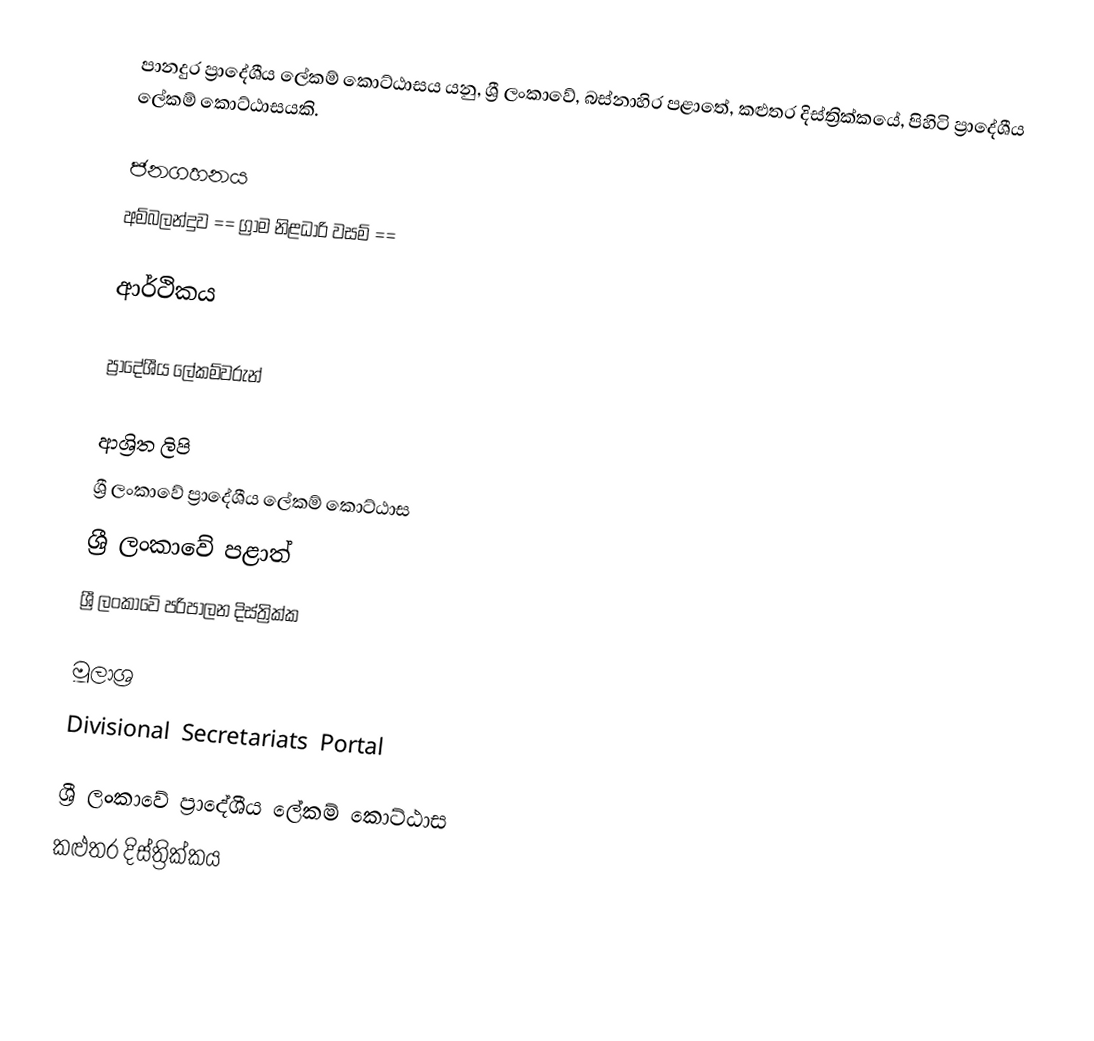
පානදුර ප්‍රාදේශීය ලේකම් කොට්ඨාසය යනු,  ශ්‍රී ලංකාවේ, බස්නාහිර පළාතේ,   කළුතර දිස්ත්‍රික්කයේ, පිහිටි ප්‍රාදේශීය ලේකම් කොට්ඨාසයකි.

ජනගහනය
අම්බලන්දුව == ග්‍රාම නිළධාරි වසම් ==

ආර්ථිකය

ප්‍රාදේශීය ලේකම්වරුන්

ආශ්‍රිත ලිපි
ශ්‍රී ලංකාවේ ප්‍රාදේශීය ලේකම් කොට්ඨාස
ශ්‍රී ලංකාවේ පළාත්
ශ්‍රී ලංකාවේ පරිපාලන දිස්ත්‍රික්ක

මූලාශ්‍ර
 Divisional Secretariats Portal

ශ්‍රී ලංකාවේ ප්‍රාදේශීය ලේකම් කොට්ඨාස
කළුතර දිස්ත්‍රික්කය